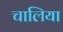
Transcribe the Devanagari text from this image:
चालिया